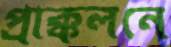
প্রাক্কলনে